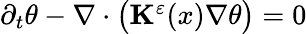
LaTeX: \begin{array}{r}{\partial_{t}\theta-\nabla\cdot\bigl(\mathbf{K}^{\varepsilon}(x)\nabla\theta\bigr)=0}\end{array}